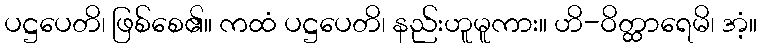
ပဋ္ဌပေတိ၊ ဖြစ်စေ၏။ ကထံ ပဋ္ဌပေတိ၊ နည်းဟူမူကား။ ဟိ-ဝိတ္ထာရေမိ၊ အံ့။